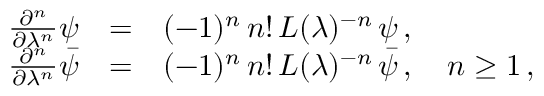
\begin{array} { r c l } { { \frac { \partial ^ { n } } { \partial \lambda ^ { n } } \psi } } & { { = } } & { { ( - 1 ) ^ { n } \, n ! \, L ( \lambda ) ^ { - n } \, \psi \, , } } \\ { { \frac { \partial ^ { n } } { \partial \lambda ^ { n } } \bar { \psi } } } & { { = } } & { { ( - 1 ) ^ { n } \, n ! \, L ( \lambda ) ^ { - n } \, \bar { \psi } \, , \quad n \geq 1 \, , } } \end{array}